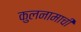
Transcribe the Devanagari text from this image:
कुलनामाची